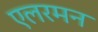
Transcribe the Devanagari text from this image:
एलरमन